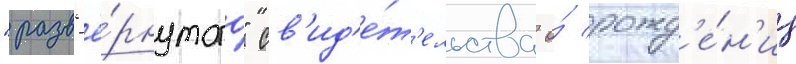
"разв'ё́рнутого" св'ид'е́т'ельства о́ рожд'е́н'ии